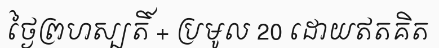
ថ្ងៃព្រហស្បតិ៍ + ប្រមូល 20 ដោយឥតគិត